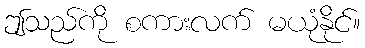
ဤသည်ကို စကားလက် မယုံနိုင်။